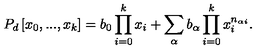
P _ { d } \left[ x _ { 0 } , . . . , x _ { k } \right] = b _ { 0 } \prod _ { i = 0 } ^ { k } x _ { i } + \sum _ { \alpha } b _ { \alpha } \prod _ { i = 0 } ^ { k } x _ { i } ^ { n _ { \alpha i } } .